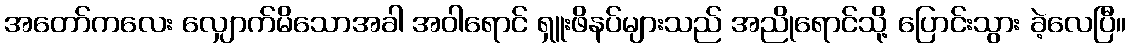
အတော်ကလေး လျှောက်မိသောအခါ အဝါရောင် ရှူးဖိနပ်များသည် အညိုရောင်သို့ ပြောင်းသွား ခဲ့လေပြီ။